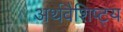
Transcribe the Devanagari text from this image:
अर्थवैशिष्ट्य